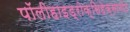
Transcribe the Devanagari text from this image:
पॉलीहाइड्रोक्सिहेक्सानोट